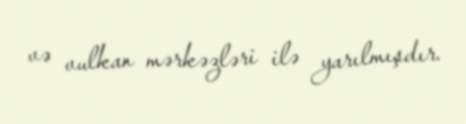
və vulkan mərkəzləri ilə yarılmışdır.